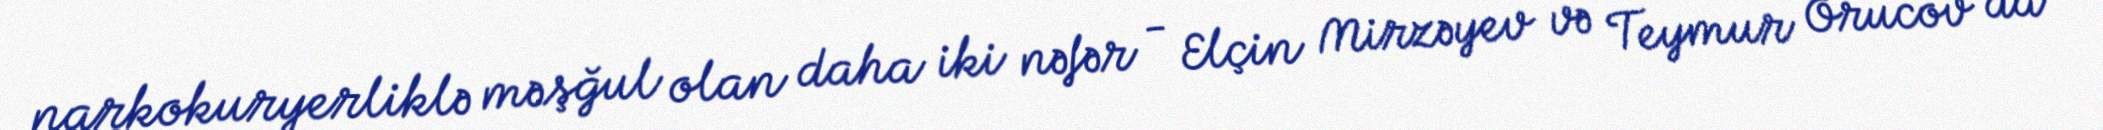
narkokuryerliklə məşğul olan daha iki nəfər - Elçin Mirzəyev və Teymur Orucov da